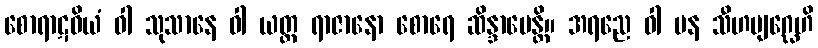
စောရာဋဝိယံ ဝါ သုသာနေ ဝါ ယတ္ထ ရာဇာနော စောရေ ဆိန္ဒာပေန္တိ။ အရညေ ဝါ ပန သီဟဗျဂ္ဃေဟိ